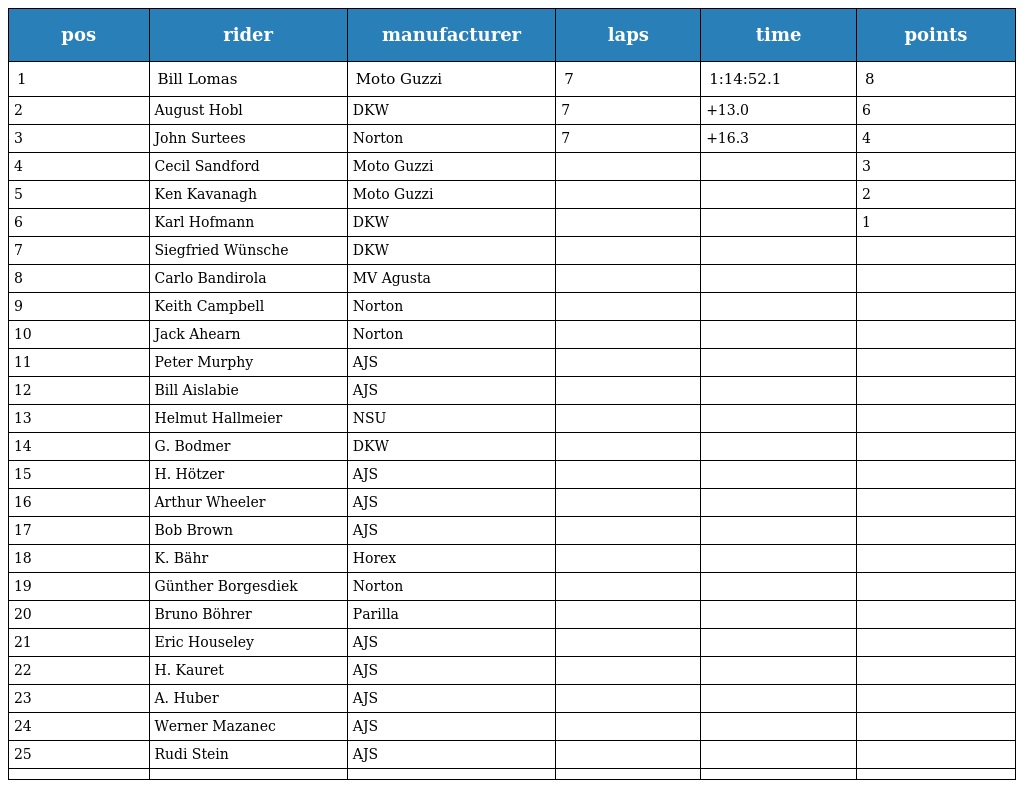
| pos | rider | manufacturer | laps | time | points |
 | --- | --- | --- | --- | --- | --- |
 | 1 | Bill Lomas | Moto Guzzi | 7 | 1:14:52.1 | 8 |
 | 2 | August Hobl | DKW | 7 | +13.0 | 6 |
 | 3 | John Surtees | Norton | 7 | +16.3 | 4 |
 | 4 | Cecil Sandford | Moto Guzzi |  |  | 3 |
 | 5 | Ken Kavanagh | Moto Guzzi |  |  | 2 |
 | 6 | Karl Hofmann | DKW |  |  | 1 |
 | 7 | Siegfried Wünsche | DKW |  |  |  |
 | 8 | Carlo Bandirola | MV Agusta |  |  |  |
 | 9 | Keith Campbell | Norton |  |  |  |
 | 10 | Jack Ahearn | Norton |  |  |  |
 | 11 | Peter Murphy | AJS |  |  |  |
 | 12 | Bill Aislabie | AJS |  |  |  |
 | 13 | Helmut Hallmeier | NSU |  |  |  |
 | 14 | G. Bodmer | DKW |  |  |  |
 | 15 | H. Hötzer | AJS |  |  |  |
 | 16 | Arthur Wheeler | AJS |  |  |  |
 | 17 | Bob Brown | AJS |  |  |  |
 | 18 | K. Bähr | Horex |  |  |  |
 | 19 | Günther Borgesdiek | Norton |  |  |  |
 | 20 | Bruno Böhrer | Parilla |  |  |  |
 | 21 | Eric Houseley | AJS |  |  |  |
 | 22 | H. Kauret | AJS |  |  |  |
 | 23 | A. Huber | AJS |  |  |  |
 | 24 | Werner Mazanec | AJS |  |  |  |
 | 25 | Rudi Stein | AJS |  |  |  |
 |  |  |  |  |  |  |